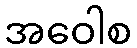
အဝေါစ